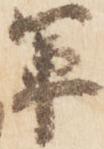
軍